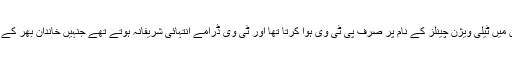
حالانکہ یہ وہ وقت تھا جب پاکستان میں ٹیلی ویژن چینلز کے نام پر صرف پی ٹی وی ہوا کرتا تھا اور ٹی وی ڈرامے انتہائی شریفانہ ہوتے تھے جنہیں خاندان بھر کے لوگ اکٹھے بیٹھ کر دیکھتے تھے۔